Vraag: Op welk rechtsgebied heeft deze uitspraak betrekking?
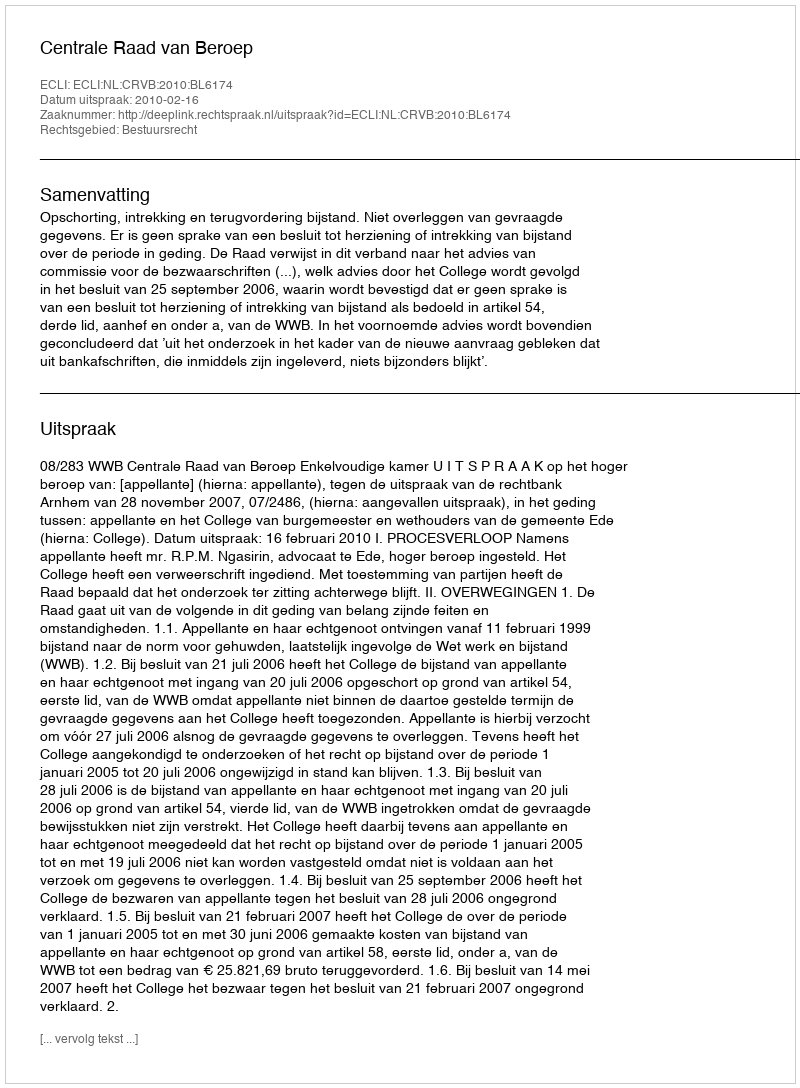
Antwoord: Bestuursrecht